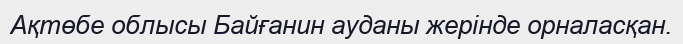
Ақтөбе облысы Байғанин ауданы жерінде орналасқан.